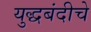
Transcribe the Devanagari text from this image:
युद्धबंदीचे